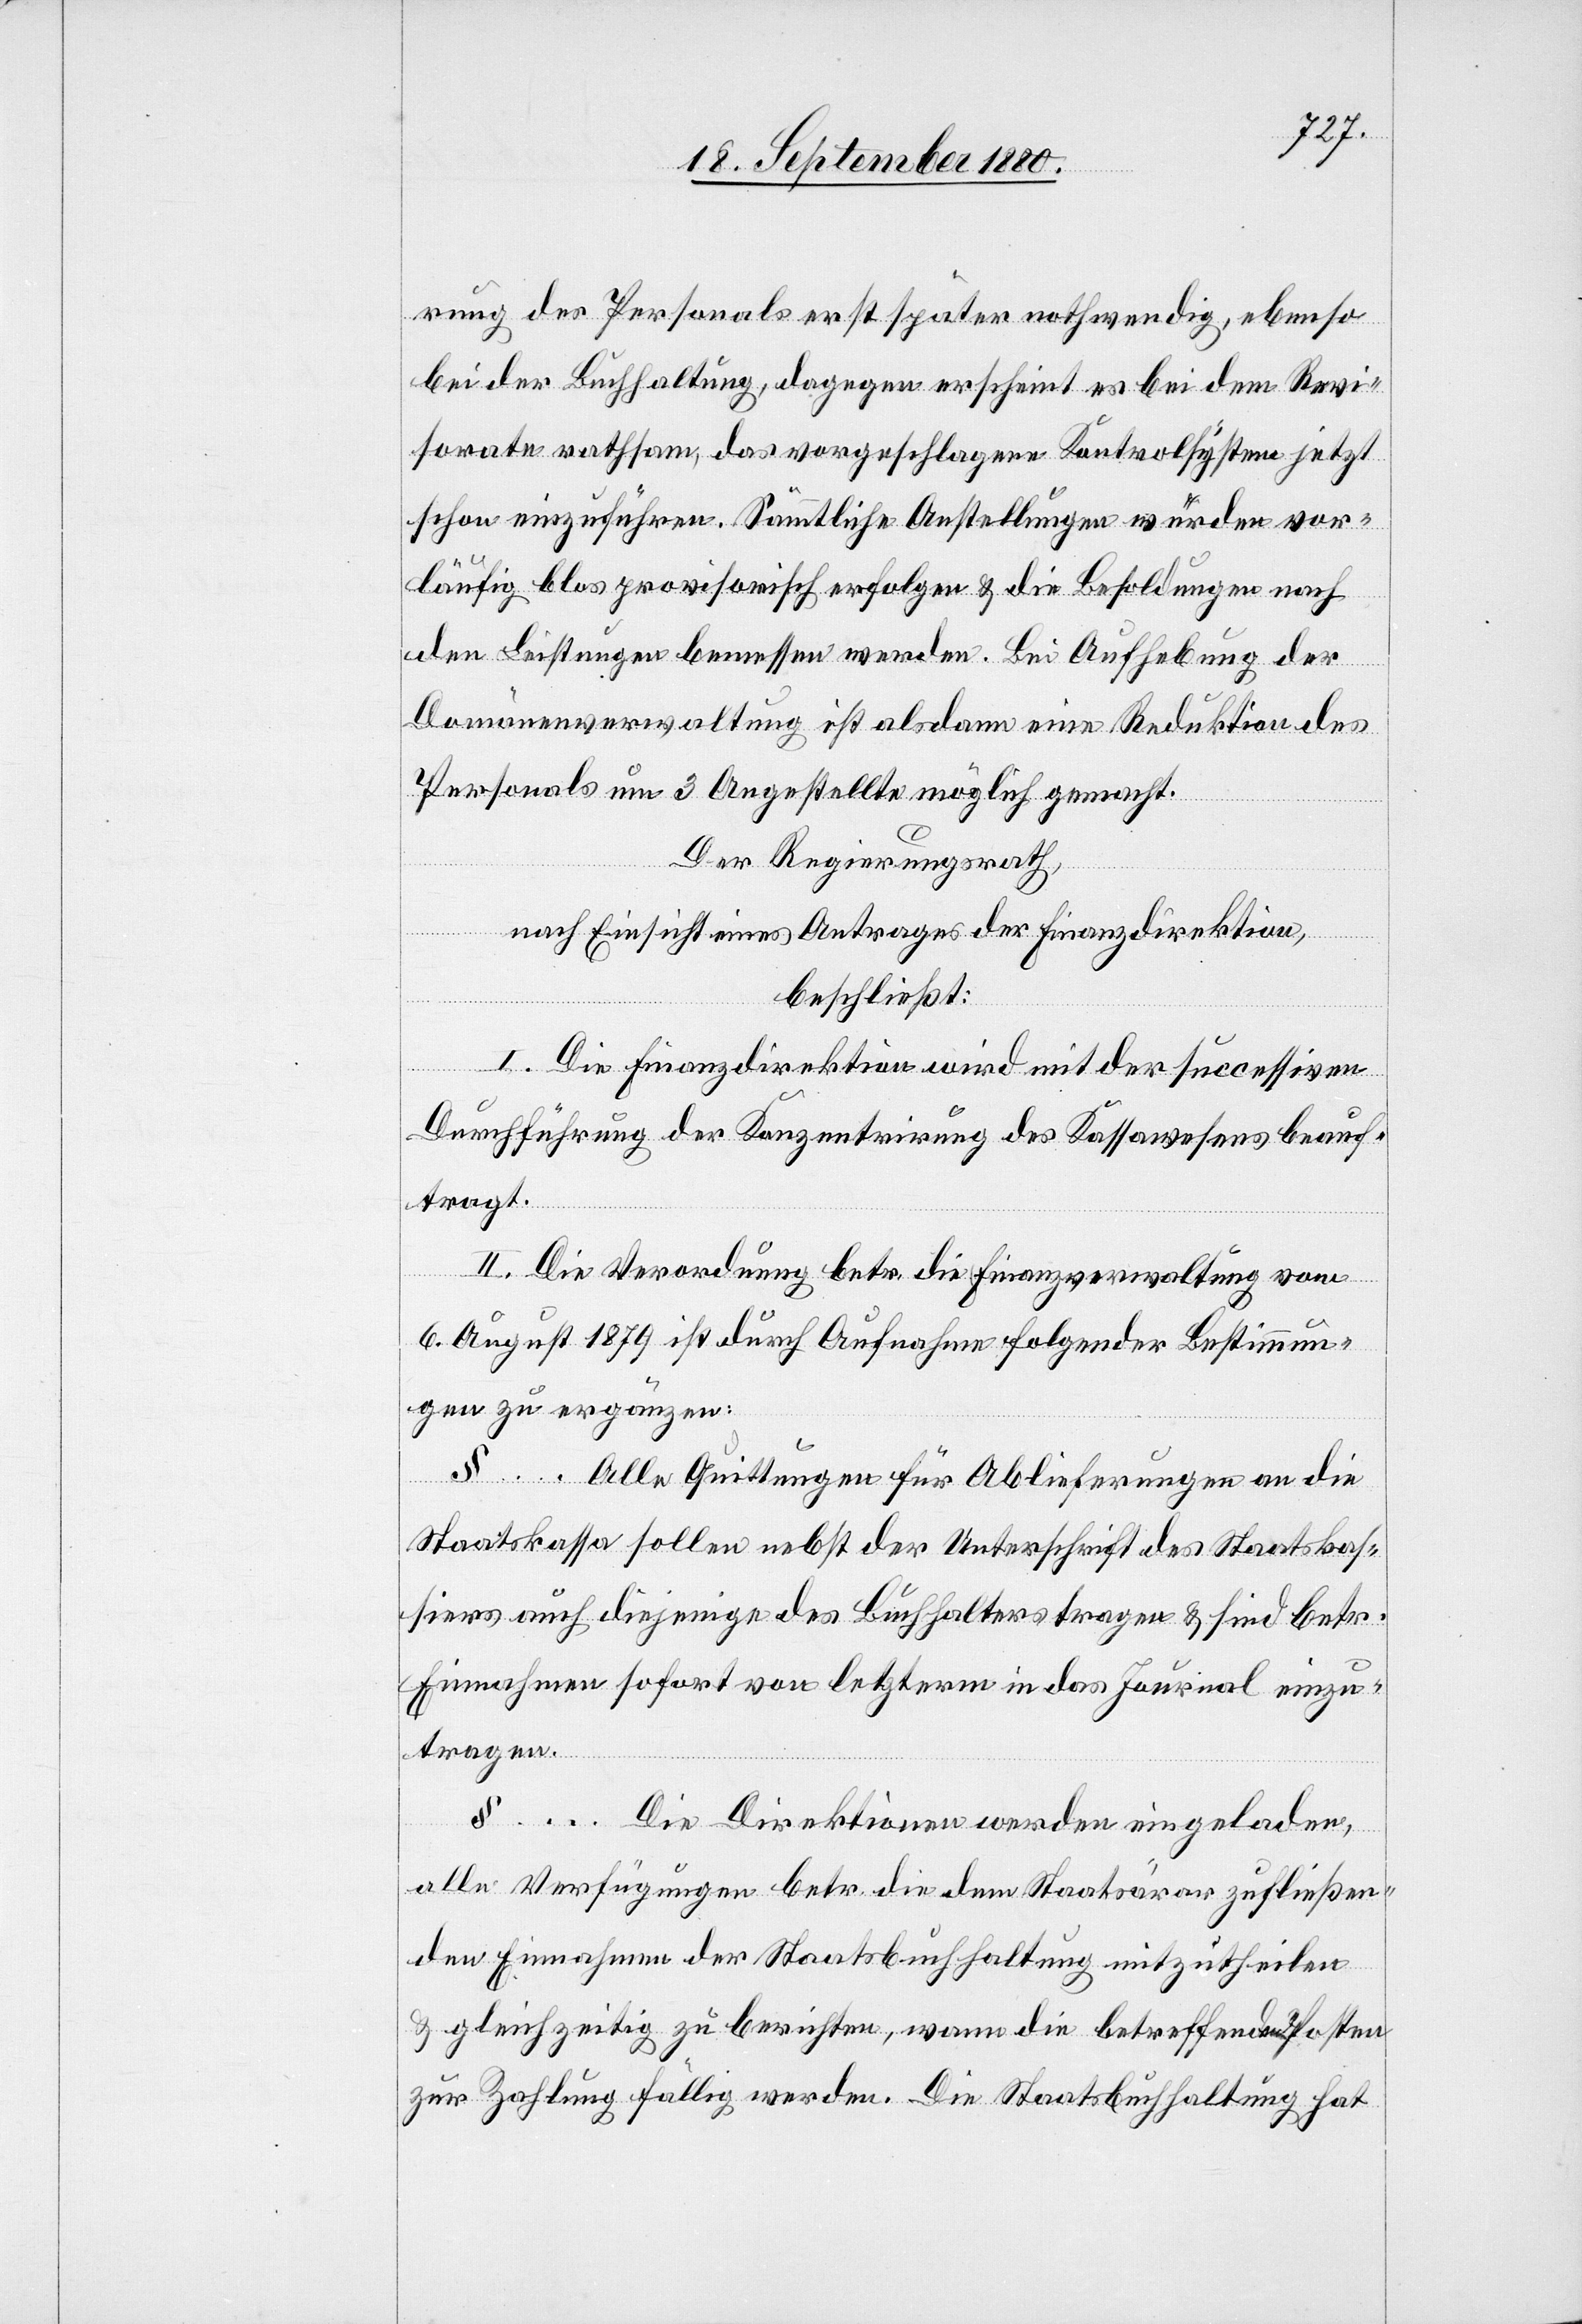
rung des Personals erst später nothwendig, ebenso
bei der Buchhaltung, dagegen erscheint es bei dem Revi¬
sorate rathsam, das vorgeschlagene Kontrolsystem jetzt
schon einzuführen. Sämmtliche Anstellungen würden vor¬
läufig blos provisorisch erfolgen & die Besoldung nach
den Leistungen bemessen werden. Bei Aufhebung der
Domänenverwaltung ist alsdann eine Reduktion des
Personals um 3 Angestellte möglich gemacht.
Der Regierungsrath,
nach Einsicht eines Antrages der Finanzdirektion,
beschließt:
I. Die Finanzdirektion wird mit der succesiven
Durchführung der Konzentrirung des Kassawesens beauf¬
tragt.
II. Die Verordnung betr. die Finanzverwaltung vom
6. August 1879 ist durch Aufnahme folgender Bestimmun¬
gen zu ergänzen:
§ … Alle Quittungen für Ablieferungen an die
Staatskassa sollen nebst der Unterschrift des Staatskas¬
siers auch diejenige des Buchhalters tragen & sind betr.
Einnahmen sofort von letzterm in das Journal einzu¬
tragen.
§ … Die Direktionen werden eingeladen,
alle Verfügungen betr. die dem Staatsärar zufließen¬
den Einnahmen der Staatsbuchhaltung mitzutheilen
gleichzeitig zu berichten, wann die betreffenden Posten
zur Zahlung fällig werden. Die Staatsbuchhaltung hat